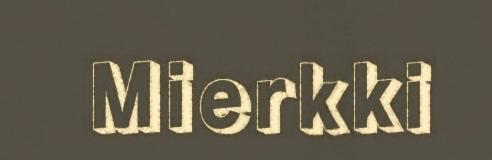
Mierkki